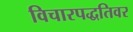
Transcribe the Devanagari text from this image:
विचारपद्धतिवर